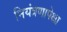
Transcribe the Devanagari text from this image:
नियंत्रणापेक्षा